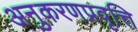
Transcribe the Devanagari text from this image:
अनुकरणप्रवृत्ति